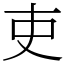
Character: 吏